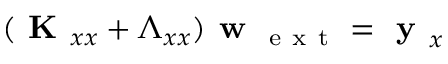
( \textbf { K } _ { x x } + \boldsymbol { \Lambda } _ { x x } ) \textbf { w } _ { \mathrm { ~ e ~ x ~ t ~ } } = \textbf { y } _ { x }